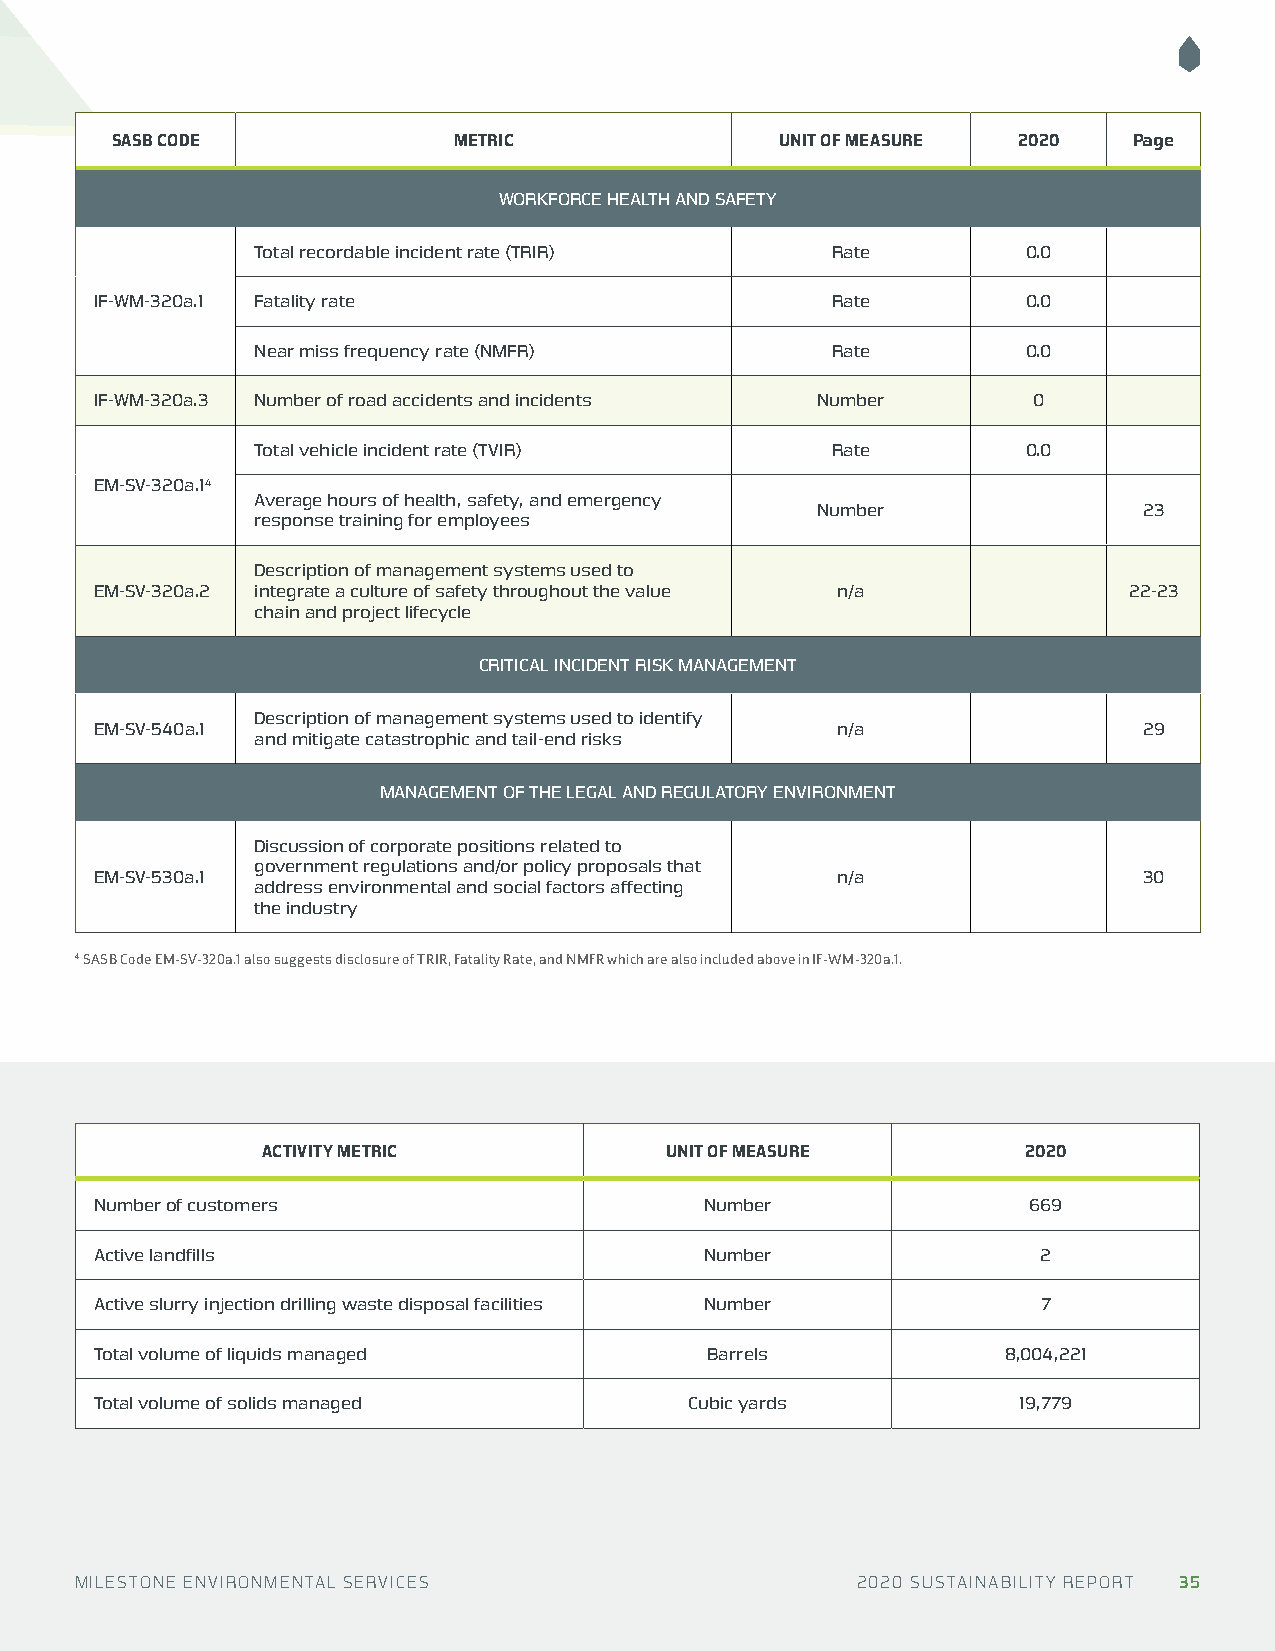
SASB CODE              METRIC                UNIT OF MEASURE 2020   Page
 WORKFORCE HEALTH AND SAFETY
 Total recordable incident rate (TRIR) Rate         0.0
 IF-WM-320a.1 Fatality rate                       Rate         0.0
 Near miss frequency rate (NMFR)       Rate         0.0
 IF-WM-320a.3 Number of road accidents and incidents Number    0
 Total vehicle incident rate (TVIR)    Rate         0.0
 EM-SV-320a.14
 Average hours of health, safety, and emergency
 Number                23
 response training for employees
 Description of management systems used to
 EM-SV-320a.2 integrate a culture of safety throughout the value n/a  22-23
 chain and project lifecycle
 CRITICAL INCIDENT RISK MANAGEMENT
 Description of management systems used to identify
 EM-SV-540a.1                                     n/a                  29
 and mitigate catastrophic and tail-end risks
 MANAGEMENT OF THE LEGAL AND REGULATORY ENVIRONMENT
 Discussion of corporate positions related to
 government regulations and/or policy proposals that
 EM-SV-530a.1                                     n/a                  30
 address environmental and social factors affecting
 the industry
 4 SASB Code EM-SV-320a.1 also suggests disclosure of TRIR, Fatality Rate, and NMFR which are also included above in IF-WM-320a.1.
 ACTIVITY METRIC            UNIT OF MEASURE         2020
 Number of customers                      Number               669
 Active landfills                         Number                2
 Active slurry injection drilling waste disposal facilities Number 7
 Total volume of liquids managed          Barrels             8,004,221
 Total volume of solids managed          Cubic yards          19,779
 MILESTONE ENVIRONMENTAL SERVICES                    2020 SUSTAINABILITY REPORT 35